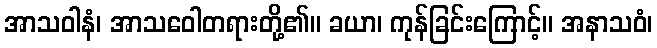
အာသဝါနံ၊ အာသဝေါတရားတို့၏။ ခယာ၊ ကုန်ခြင်းကြောင့်။ အနာသဝံ၊